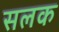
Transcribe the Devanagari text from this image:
सलक